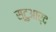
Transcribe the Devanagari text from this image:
स्टुआर्द